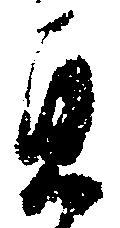
貞